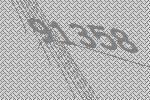
91358